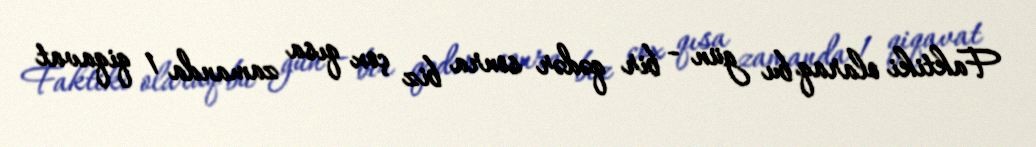
Faktiki olaraq bu gün - bir qədər sonra biz çox qısa zamanda 1 qiqavat